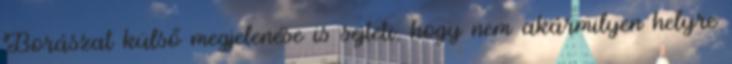
Borászat külső megjelenése is sejteti, hogy nem akármilyen helyre